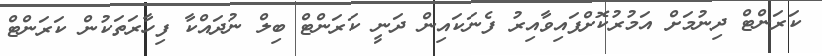
ކަރަންޓް ދިނުމަށް އަމުރުކޮށްފައިވާއިރު ފެނަކައިން ދަނީ ކަރަންޓް ބިލް ނުދައްކާ ފިހާރަތަކުން ކަރަންޓް